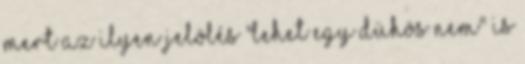
mert az ilyen jelölés "lehet egy dühös nem" is